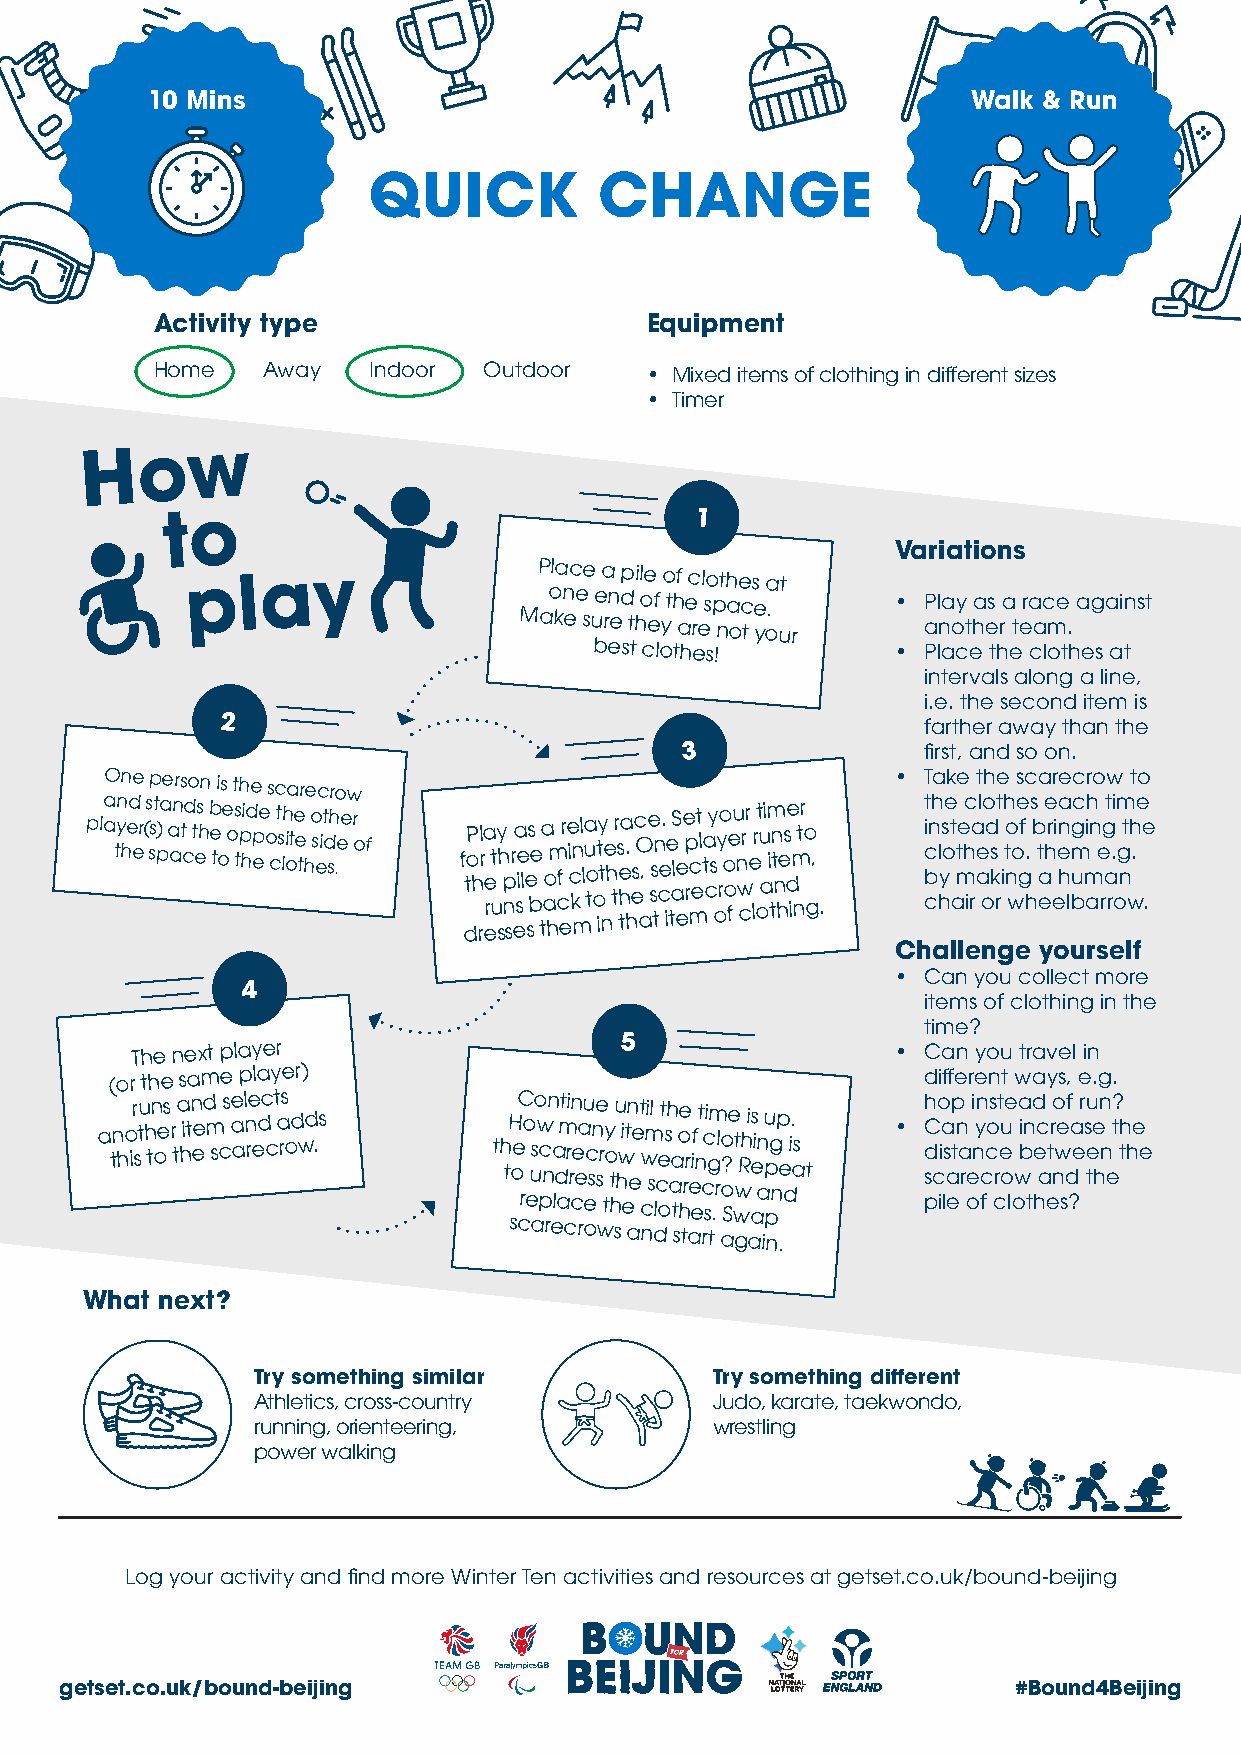
10 Mins                                               Walk & Run
 QUICK           CHANGE
 Activity type                    Equipment
 Home   Away   Indoor  Outdoor    • Mixed items of clothing in different sizes
 • Timer
 How
 to                                 1
 Variations
 play                    P ola nc ee
 e
 a
 n
 dp il oe
 f
 o thf ec l so pth ae cs
 e
 a
 .
 t
 • Play as a race against
 Make sure they are not your another team.
 best clothes!       • Place the clothes at
 intervals along a line,
 i.e. the second item is
 2                                             farther away than the
 3               first, and so on.
 pla aO tyn hn ed ee r ( s sp st ) pae a anrs t cd o t es hn b e ti os e o t s th p hide p ee os c c t s lh i oa te e tr he o s ec it d shro .eew r o f f dtoP h rl ra e er ut y sh p n
 s
 r ea se il e ss be ta ao hm f c er e i c kn ml la u o t ot iy t ne h t r s e h ta .
 h
 esc O a, e ss tn ce . ie taS l ee e p r mc et l t a cy s oy ro o o feu n w crr e lr ot u a im i tn t n hes de i m ntr o g , . • T t i c b cnha l hys oek t amte e hc ir a a et l ooh d s k rte i h t no w oes gfc . h s b t aa ee hr e r in ea he lg bm ucc mi ahr n o e rg at rw .i o m g nt wht . e o e .
 Challenge yourself
 • Can you collect more
 4
 items of clothing in the
 time?
 The next player                 5                 • Can you travel in
 (or the same player)                                  different ways, e.g.
 a tn ho ir stu h tn oes r ta hitn eed m s cs e a al n re edc c t a rs o d wd .s th tH soeC cro
 e
 u aso w pc n rn ea
 l
 d amt cri r cn e e rau oec sne s
 w
 r
 t
 oy t
 h
 su hwi etn aee t w
 c
 n
 mi sl
 d
 lce ot sh aa
 t
 so he trr
 ae
 eif n t
 c
 rc si g tm
 .
 rl ao o? Se
 w
 t gwRh i aas e i an iu pp ng np .e
 d
 i. as t • h C d s pco iia ls a ep tn a r e
 o
 i nyn c fco s crt eu oe
 lo
 wa i bn
 t
 d hec a
 e
 tr no we sdf ?a e r s tu ee hn n e ? t th he e
 What next?
 Try something similar         Try something different
 Athletics, cross-country      Judo, karate, taekwondo,
 running, orienteering,        wrestling
 power walking
 Log your activity and find more Winter Ten activities and resources at getset.co.uk/bound-beijing
 getset.co.uk/bound-beijing                                     #Bound4Beijing